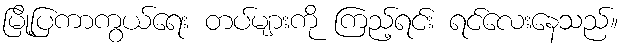
မြို့ပြကာကွယ်ရေး တပ်များကို ကြည့်ရင်း ရင်လေးနေသည်။